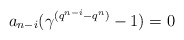
\begin{align*} a_{n-i}(\gamma^{(q^{n-i}-q^n)}-1)=0 \end{align*}